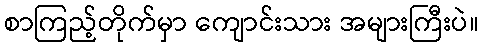
စာကြည့်တိုက်မှာ ကျောင်းသား အများကြီးပဲ။